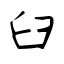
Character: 臼